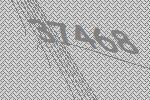
37468